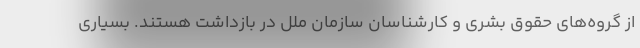
از گروه‌های حقوق بشری و کارشناسان سازمان ملل در بازداشت هستند. بسیاری